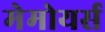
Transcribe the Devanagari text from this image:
मेमोयर्स